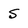
Character: S